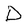
Character: D